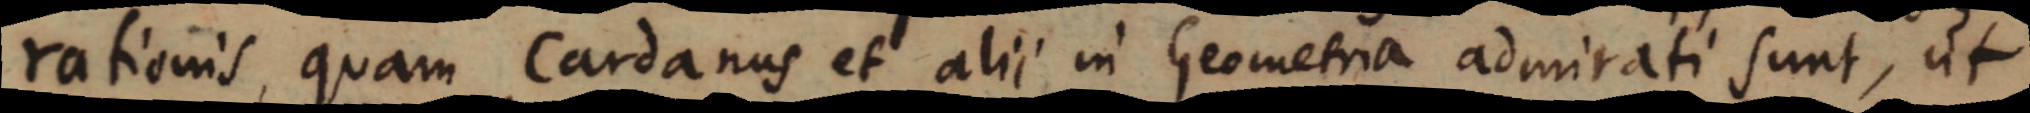
rationis, quam Cardanus et alii in Geometria admirati sunt, ut